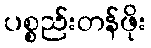
ပစ္စည်းတန်ဖိုး